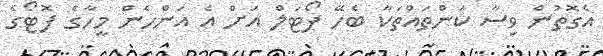
އެގޮތުން ވިސާ ކަންތައްތަކާ ބެހޭ ޕޯޓަލް އަށް އެ އަންހެން މީހާގެ ފޮޓޯގެ